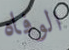
الوفاه